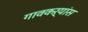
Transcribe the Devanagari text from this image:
गावकऱ्यांस